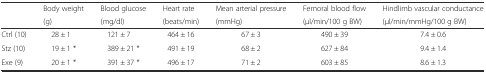
<table><thead><tr><td></td><td><b>Body weight</b></td><td><b>Blood glucose</b></td><td><b>Heart rate</b></td><td><b>Mean arterial pressure</b></td><td><b>Femoral blood flow</b></td><td><b>Hindlimb vascular conductance</b></td></tr><tr><td></td><td><b>(g)</b></td><td><b>(mg/dl)</b></td><td><b>(beats/min)</b></td><td><b>(mmHg)</b></td><td><b>(μl/min/100 g BW)</b></td><td><b>(μl/min/mmHg/100 g BW)</b></td></tr></thead><tbody><tr><td>Ctrl (10)</td><td>28 ± 1</td><td>121 ± 7</td><td>464 ± 16</td><td>67 ± 3</td><td>490 ± 39</td><td>7.4 ± 0.6</td></tr><tr><td>Stz (10)</td><td>19 ± 1 *</td><td>389 ± 21 *</td><td>491 ± 19</td><td>68 ± 2</td><td>627 ± 84</td><td>9.4 ± 1.4</td></tr><tr><td>Exe (9)</td><td>20 ± 1 *</td><td>391 ± 37 *</td><td>496 ± 17</td><td>71 ± 2</td><td>603 ± 85</td><td>8.6 ± 1.3</td></tr></tbody></table>